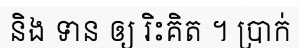
និង ទាន ឲ្យ រិះគិត ។ ប្រាក់